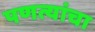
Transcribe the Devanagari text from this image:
पणत्यांचा